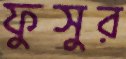
ফুসুর